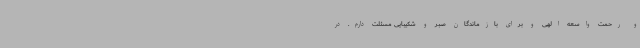
و رحمت واسعه الهی و برای بازماندگان صبر و شکیبایی مسئلت دارم. در